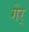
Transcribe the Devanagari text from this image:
गेर्